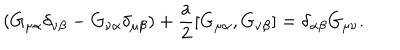
( G _ { \mu \alpha } \delta _ { \nu \beta } - G _ { \nu \alpha } \delta _ { \mu \beta } ) + \frac { a } { 2 } [ G _ { \mu \alpha } , G _ { \nu \beta } ] = \delta _ { \alpha \beta } G _ { \mu \nu } .